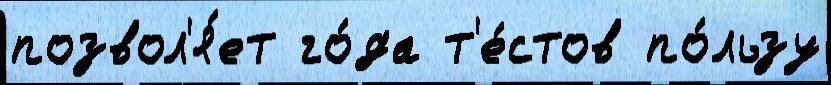
позвол'я́ет го́да т'е́стов по́льзу